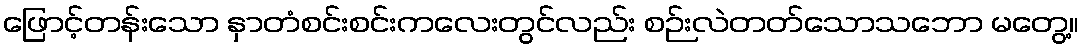
ဖြောင့်တန်းသော နှာတံစင်းစင်းကလေးတွင်လည်း စဉ်းလဲတတ်သောသဘော မတွေ့။